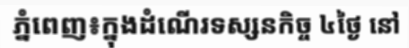
ភ្នំពេញ៖ក្នុងដំណើរទស្សនកិច្ច ៤ថ្ងៃ នៅ